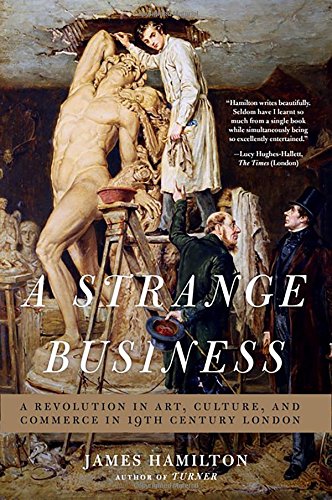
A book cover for A Strange Business: Art, Culture, and Commerce in Nineteenth Century London; James Hamilton; Arts & Photography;